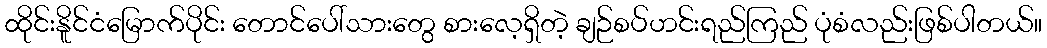
ထိုင်းနိူင်ငံမြောက်ပိုင်း တောင်ပေါ်သားတွေ စားလေ့ရှိတဲ့ ချဉ်စပ်ဟင်းရည်ကြည် ပုံစံလည်းဖြစ်ပါတယ်။